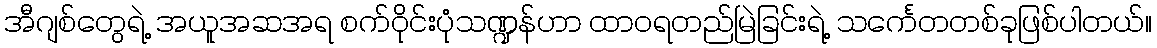
အီဂျစ်တွေရဲ့ အယူအဆအရ စက်ဝိုင်းပုံသဏ္ဍန်ဟာ ထာဝရတည်မြဲခြင်းရဲ့ သင်္ကေတတစ်ခုဖြစ်ပါတယ်။